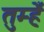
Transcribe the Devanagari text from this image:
तुम्हेँ